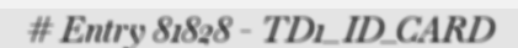
# Entry 81828 - TD1_ID_CARD